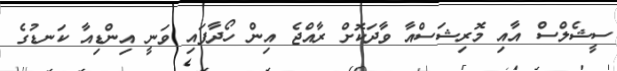
ސީޝެލްސް އާއި މޮރިޝަސްއާ ވާދަކޮށް ރާއްޖެ އިން ހޯދާފައި ވަނީ އިންޑިއާ ކަނޑުގެ